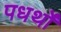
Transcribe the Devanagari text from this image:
पधर्थों